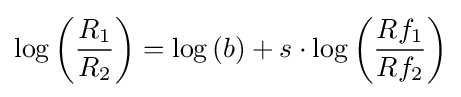
\log \left({\frac {R_{1}}{R_{2}}}\right)=\log \left(b\right)+s\cdot \log \left({\frac {Rf_{1}}{Rf_{2}}}\right)